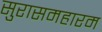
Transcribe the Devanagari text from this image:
सुरासमहारम